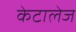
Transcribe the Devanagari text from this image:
केटालेज